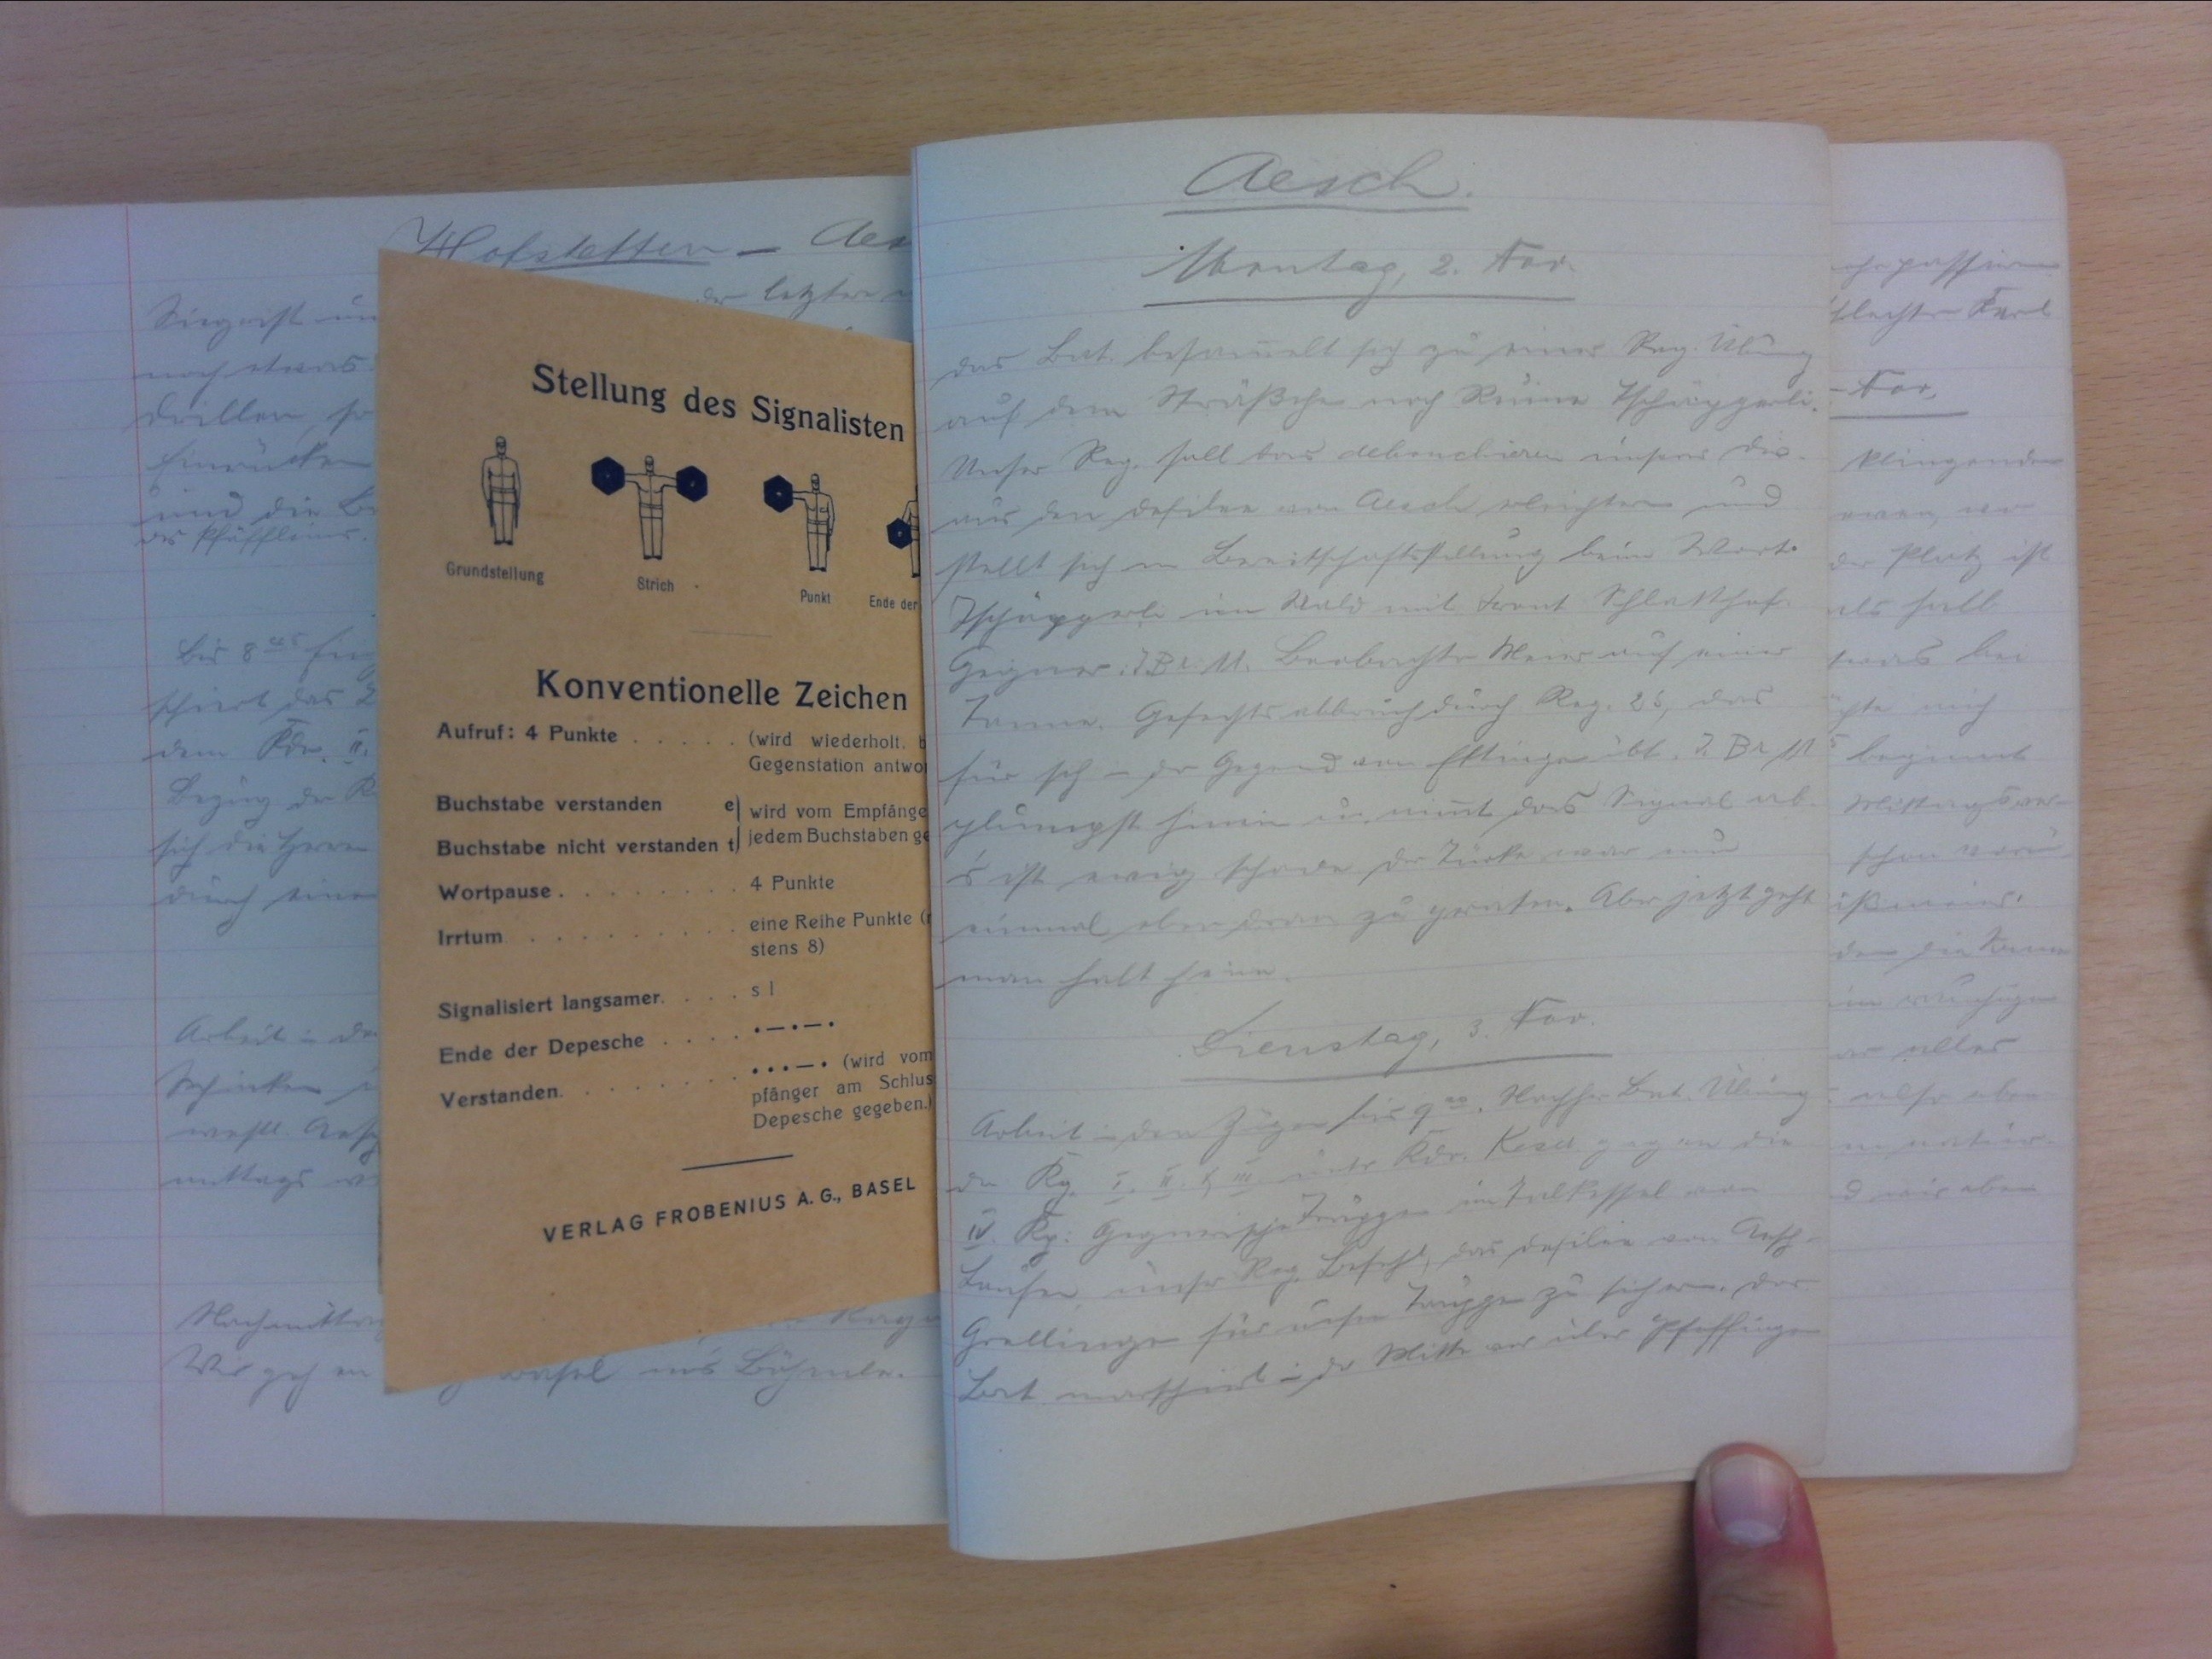
Aesch
Montag, 3. Nov.
Das Bat. besammelt sich zu einer Reg. Üb.
auf dem Strässchen nach Ruine Tschänggeli.
Unser Reg. soll das debauchieren unsers die
nus den Defilee von Aesch erleichtern und
stellt sich in Bereitschaftsstellung beim Wart.
Tschäpperli im Wald mit FrontSchlatthof.
Gegner I. Br. 11 Beobachter Meier auf einer
Tanne. Gefechtsabbruch durch Reg. 26, das
für sich in der Gegend von Ettingen übt. I. Br. 11
plumpst hinein u. nimmt das Signal ab.
Es ist ewig. schade der Türke war nur-
einmal eben dran zu geraten. Aber jetzt geht
man halt heim.
Dienstag, 3. Nov.
Arbeit in den Zügen bis 900. Nachher Bat. Übung
der Kp. I. II. & III. unter Kdo. Keser gegen die
IV. Kp. Gegnerische Truppen Talkessel von
Laufen, unser Reg. Befehl, das Defilee von Aesch-
Grellingen für unsre Truppe zu sichern. Das
Bat. marschiert in der Mitte vor über Pfeffingen